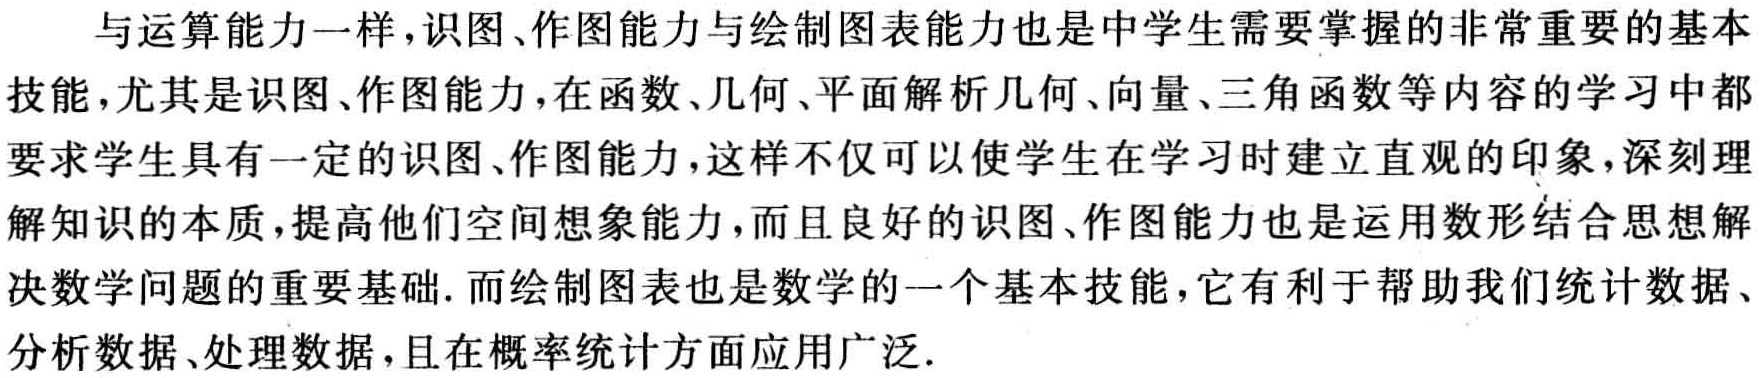
与运算能力一样，识图、作图能力与绘制图表能力也是中学生需要掌握的非常重要的基本

技能，尤其是识图、作图能力，在函数、几何、平面解析几何、向量、三角函数等内容的学习中都

要求学生具有一定的识图、作图能力，这样不仅可以使学生在学习时建立直观的印象，深刻理

解知识的本质，提高他们空间想象能力，而且良好的识图、作图能力也是运用数形结合思想解

决数学问题的重要基础. 而绘制图表也是数学的一个基本技能，它有利于帮助我们统计数据、

分析数据、处理数据，且在概率统计方面应用广泛.